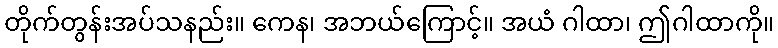
တိုက်တွန်းအပ်သနည်း။ ကေန၊ အဘယ်ကြောင့်။ အယံ ဂါထာ၊ ဤဂါထာကို။